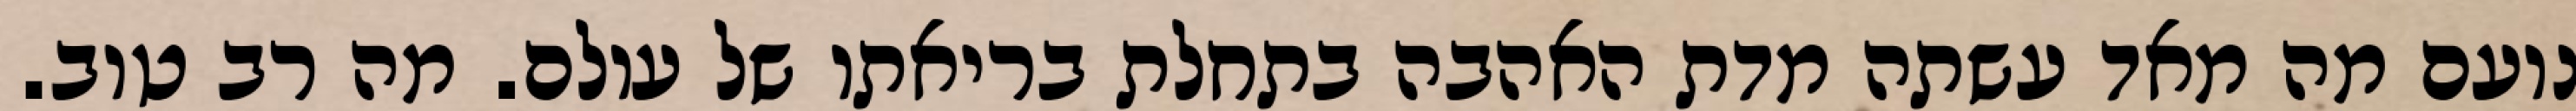
נועם מה מאד עשתה מדת האהבה בתחלת בריאתו של עולם. מה רב טוב.